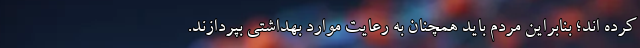
کرده اند؛ بنابراین مردم باید همچنان به رعایت موارد بهداشتی بپردازند.